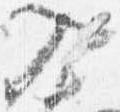
入